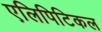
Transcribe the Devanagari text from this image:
एलिपिटिकल